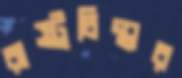
রাষ্ট্রচিন্তার